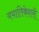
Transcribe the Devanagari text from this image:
ययातिकेशरी